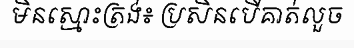
មិនស្មោះត្រង់៖ ប្រសិនបើគាត់លួច